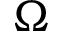
\Omega